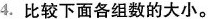
4.比较下面各组数的大小。